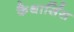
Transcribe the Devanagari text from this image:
कैथार्सिस